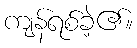
ကျန်ရစ်ခဲ့၏။